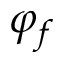
\varphi _ { f }